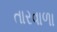
તારવાળા